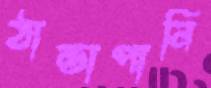
ঠান্ডাপানি